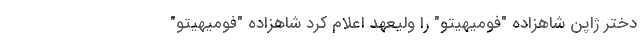
دختر ژاپن شاهزاده "فومیهیتو" را ولیعهد اعلام کرد شاهزاده "فومیهیتو"